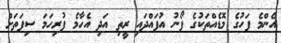
އެންމެ ފަހުގެ މޮޑެއްތަކުގެ ފޯނު އުފައްދައި ރީތި އަދި އެހާމެ ފުރިހަމަ ސިފަތަށް